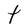
Character: t